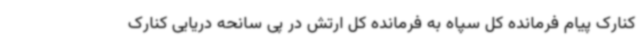
کنارک پیام فرمانده کل سپاه به فرمانده کل ارتش در پی سانحه دریایی کنارک